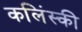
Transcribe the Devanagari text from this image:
कलिंस्की